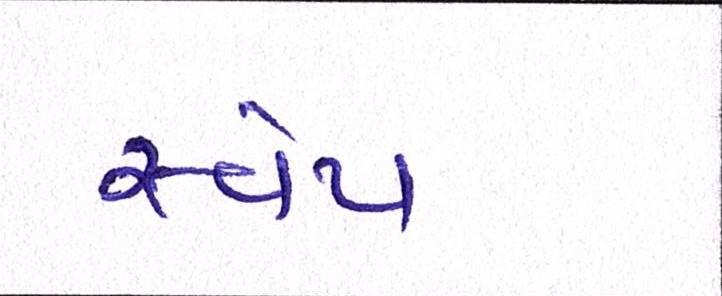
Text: સ્વેપ